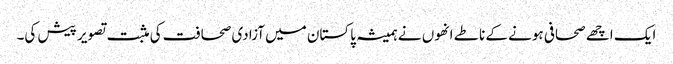
ایک اچھے صحافی ہونے کے ناطے انھوں نے ہمیشہ پاکستان میں آزادی صحافت کی مثبت تصویر پیش کی۔